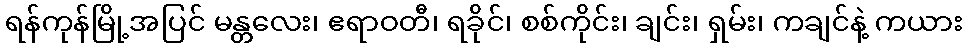
ရန်ကုန်မြို့အပြင် မန္တလေး၊ ဧရာဝတီ၊ ရခိုင်၊ စစ်ကိုင်း၊ ချင်း၊ ရှမ်း၊ ကချင်နဲ့ ကယား